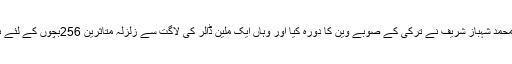
27 ستمبر کو وزیراعلیٰ محمد شہباز شریف نے ترکی کے صوبے وین کا دورہ کیا اور وہاں ایک ملین ڈالر کی لاگت سے زلزلہ متاثرین 256بچوں کے لئے ہاسٹل کا سنگ بنیاد رکھا۔